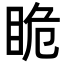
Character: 𭾯